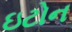
ઇટોન